Account of plague administration in the Bombay Presidency from September 1896 till May 1897
Year: 1896
Disease focus: Plague
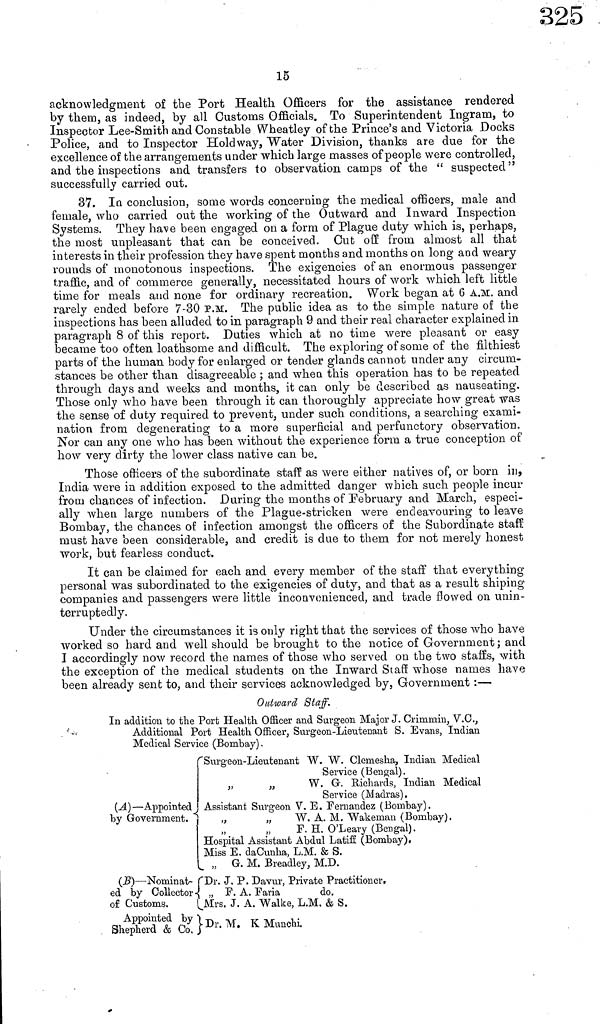
15
acknowledgment of the Port Health Officers for the assistance rendered
by them, as indeed, by all Customs Officials. To Superintendent Ingram, to
Inspector Lee-Smith and Constable Wheatley of the Prince's and Victoria Docks
Police, and to Inspector Holdway, Water Division, thanks are due for the
excellence of the arrangements under which large masses of people were controlled,
and the inspections and transfers to observation camps of the " suspected"
successfully carried out.
37. In conclusion, some words concerning the medical officers, male and
female, who carried out the working of the Outward and Inward Inspection
Systems. They have been engaged on a form of Plague duty which is, perhaps,
the most unpleasant that can be conceived. Cut off from almost all that
interests in their profession they have spent months and months on long and weary
rounds of monotonous inspections. The exigencies of an enormous passenger
traffic, and of commerce generallv, necessitated hours of work which left little
'
O
f 9
time for meals and none for ordinary recreation. Work began at 6 A.M. and
rarely ended before 7-30 P.M. The public idea as to the simple nature of the
inspections has been alluded to in paragraph 9 and their real character explained in
paragraph 8 of this report. Duties which at no time were pleasant or easy
became too often loathsome and difficult. The exploring of some of the filthiest
parts of the human body for enlarged or tender glands cannot under any circum-
stances be other than disagreeable ; and when this operation has to be repeated
through days and weeks and months, it can only be described as nauseating.
Those only who have been through it can thoroughly appreciate how great was
the sense of duty required to prevent, under such conditions, a searching exami-
nation from degenerating to a more superficial and perfunctory observation.
Nor can any one who has been without the experience form a true conception of
how very dirty the lower class native can be.
Those officers of the subordinate staff as were either natives of, or born in,
India were in addition exposed to the admitted danger which such people incur
from chances of infection. During the months of February and March, especi-
ally when, large numbers of the Plague-stricken were endeavouring to leave
Bombay, the chances of infection amongst the officers of the Subordinate staff
must have been considerable, and credit is due to them for not merely honest
work, but fearless conduct.
It can be claimed for each and every member of the staff that everything
personal was subordinated to the exigencies of duty, and that as a result shiping
companies and passengers were little inconvenienced, and trade flowed on unin-
terruptedly.
Under the circumstances it is only right that the services of those who have
worked so hard and well should be brought to the notice of Government; and
I accordingly now record the names of those who served on the two staffs, with
the exception of the medical students on the Inward Staff whose names have
been already sent to, and their services acknowledged by, Government :—
Outward Staff.
In addition to the Port Health Officer and Surgeon Major J. Crimmin, V.C.,
Additional Port Health Officer, Surgeon-Lieutenant S. Evans, Indian
Medical Service (Bombay)
(A) — Appointed b
y Government.
*'
(B) — Nominat-
ed by Collector
of Customs.
Appointed by "
Shepherd & Co.
'Surgeon-Lieutenant W. W. Clemesha, Indian Medical
Service (Bengal).
„
J3
W. G. Richards, Indian Medical
Service (Madras).
Assistant Surgeon V. E. Fernandez (Bombay).
„
„
W. A. M. "Wakeman (Bombay).
F. H. O'Leary (Bengal).
Hospital Assistant Abdul Latiff (Bombay).
Miss E. daCunha, L.M. & S.
„ G. M. Breadley, M.D.
'"Dr. J. P. Davur, Private Practitioner.
„ F. A. Paria
do.
Mrs. J. A. Walke, L.M. & S.
Dr. Μ. Κ Munchi